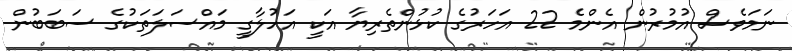
ނަމަވެސް އުމުރުން އެންމެ 22 އަހަރުގެ ކުޅުންތެރިޔާ އަކީ އަހުލާގީ މައްސަލަތަކުގެ ސަބަބުން